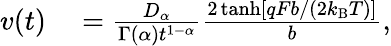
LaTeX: \begin{array}{rl}{v(t)}&{{}=\frac{D_{\alpha}}{\Gamma(\alpha)t^{1-\alpha}}\frac{2\operatorname{tanh}[qFb/(2k_{\mathrm{B}}T)]}{b},}\end{array}